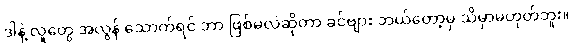
ဒါနဲ့ လူတွေ အလွန် သောက်ရင် ဘာ ဖြစ်မလဲဆိုတာ ခင်ဗျား ဘယ်တော့မှ သိမှာမဟုတ်ဘူး။